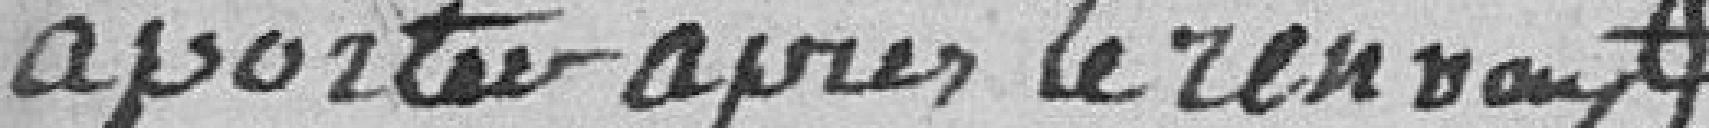
Apporter après le renvoi,